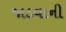
જાડવાની